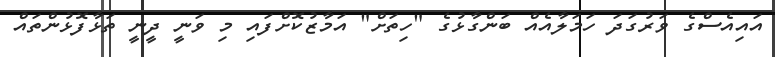
އައިއެސްގެ ވަރުގަދަ ހަމަލާއެއް ބަންގާޅުގެ "ހިތަށް" އަމާޒުކޮށްފައި މި ވަނީ ދީނީ ތަޅާފޮޅުންތައް